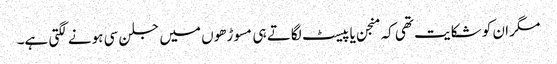
مگر ان کو شکایت تھی کہ منجن یا پیسٹ لگاتے ہی مسوڑھوں میں جلن سی ہونے لگتی ہے۔